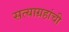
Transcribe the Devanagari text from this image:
सत्याग्रहांची